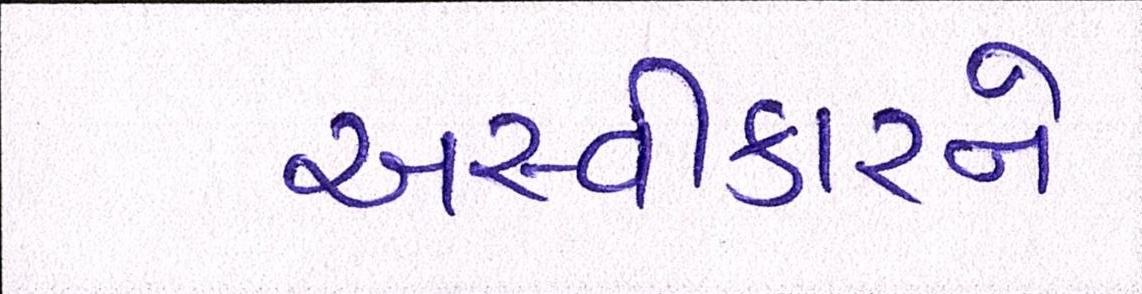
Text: અસ્વીકારને